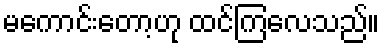
မကောင်းတော့ဟု ထင်ကြလေသည်။